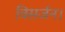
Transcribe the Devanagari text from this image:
विसर्जन।